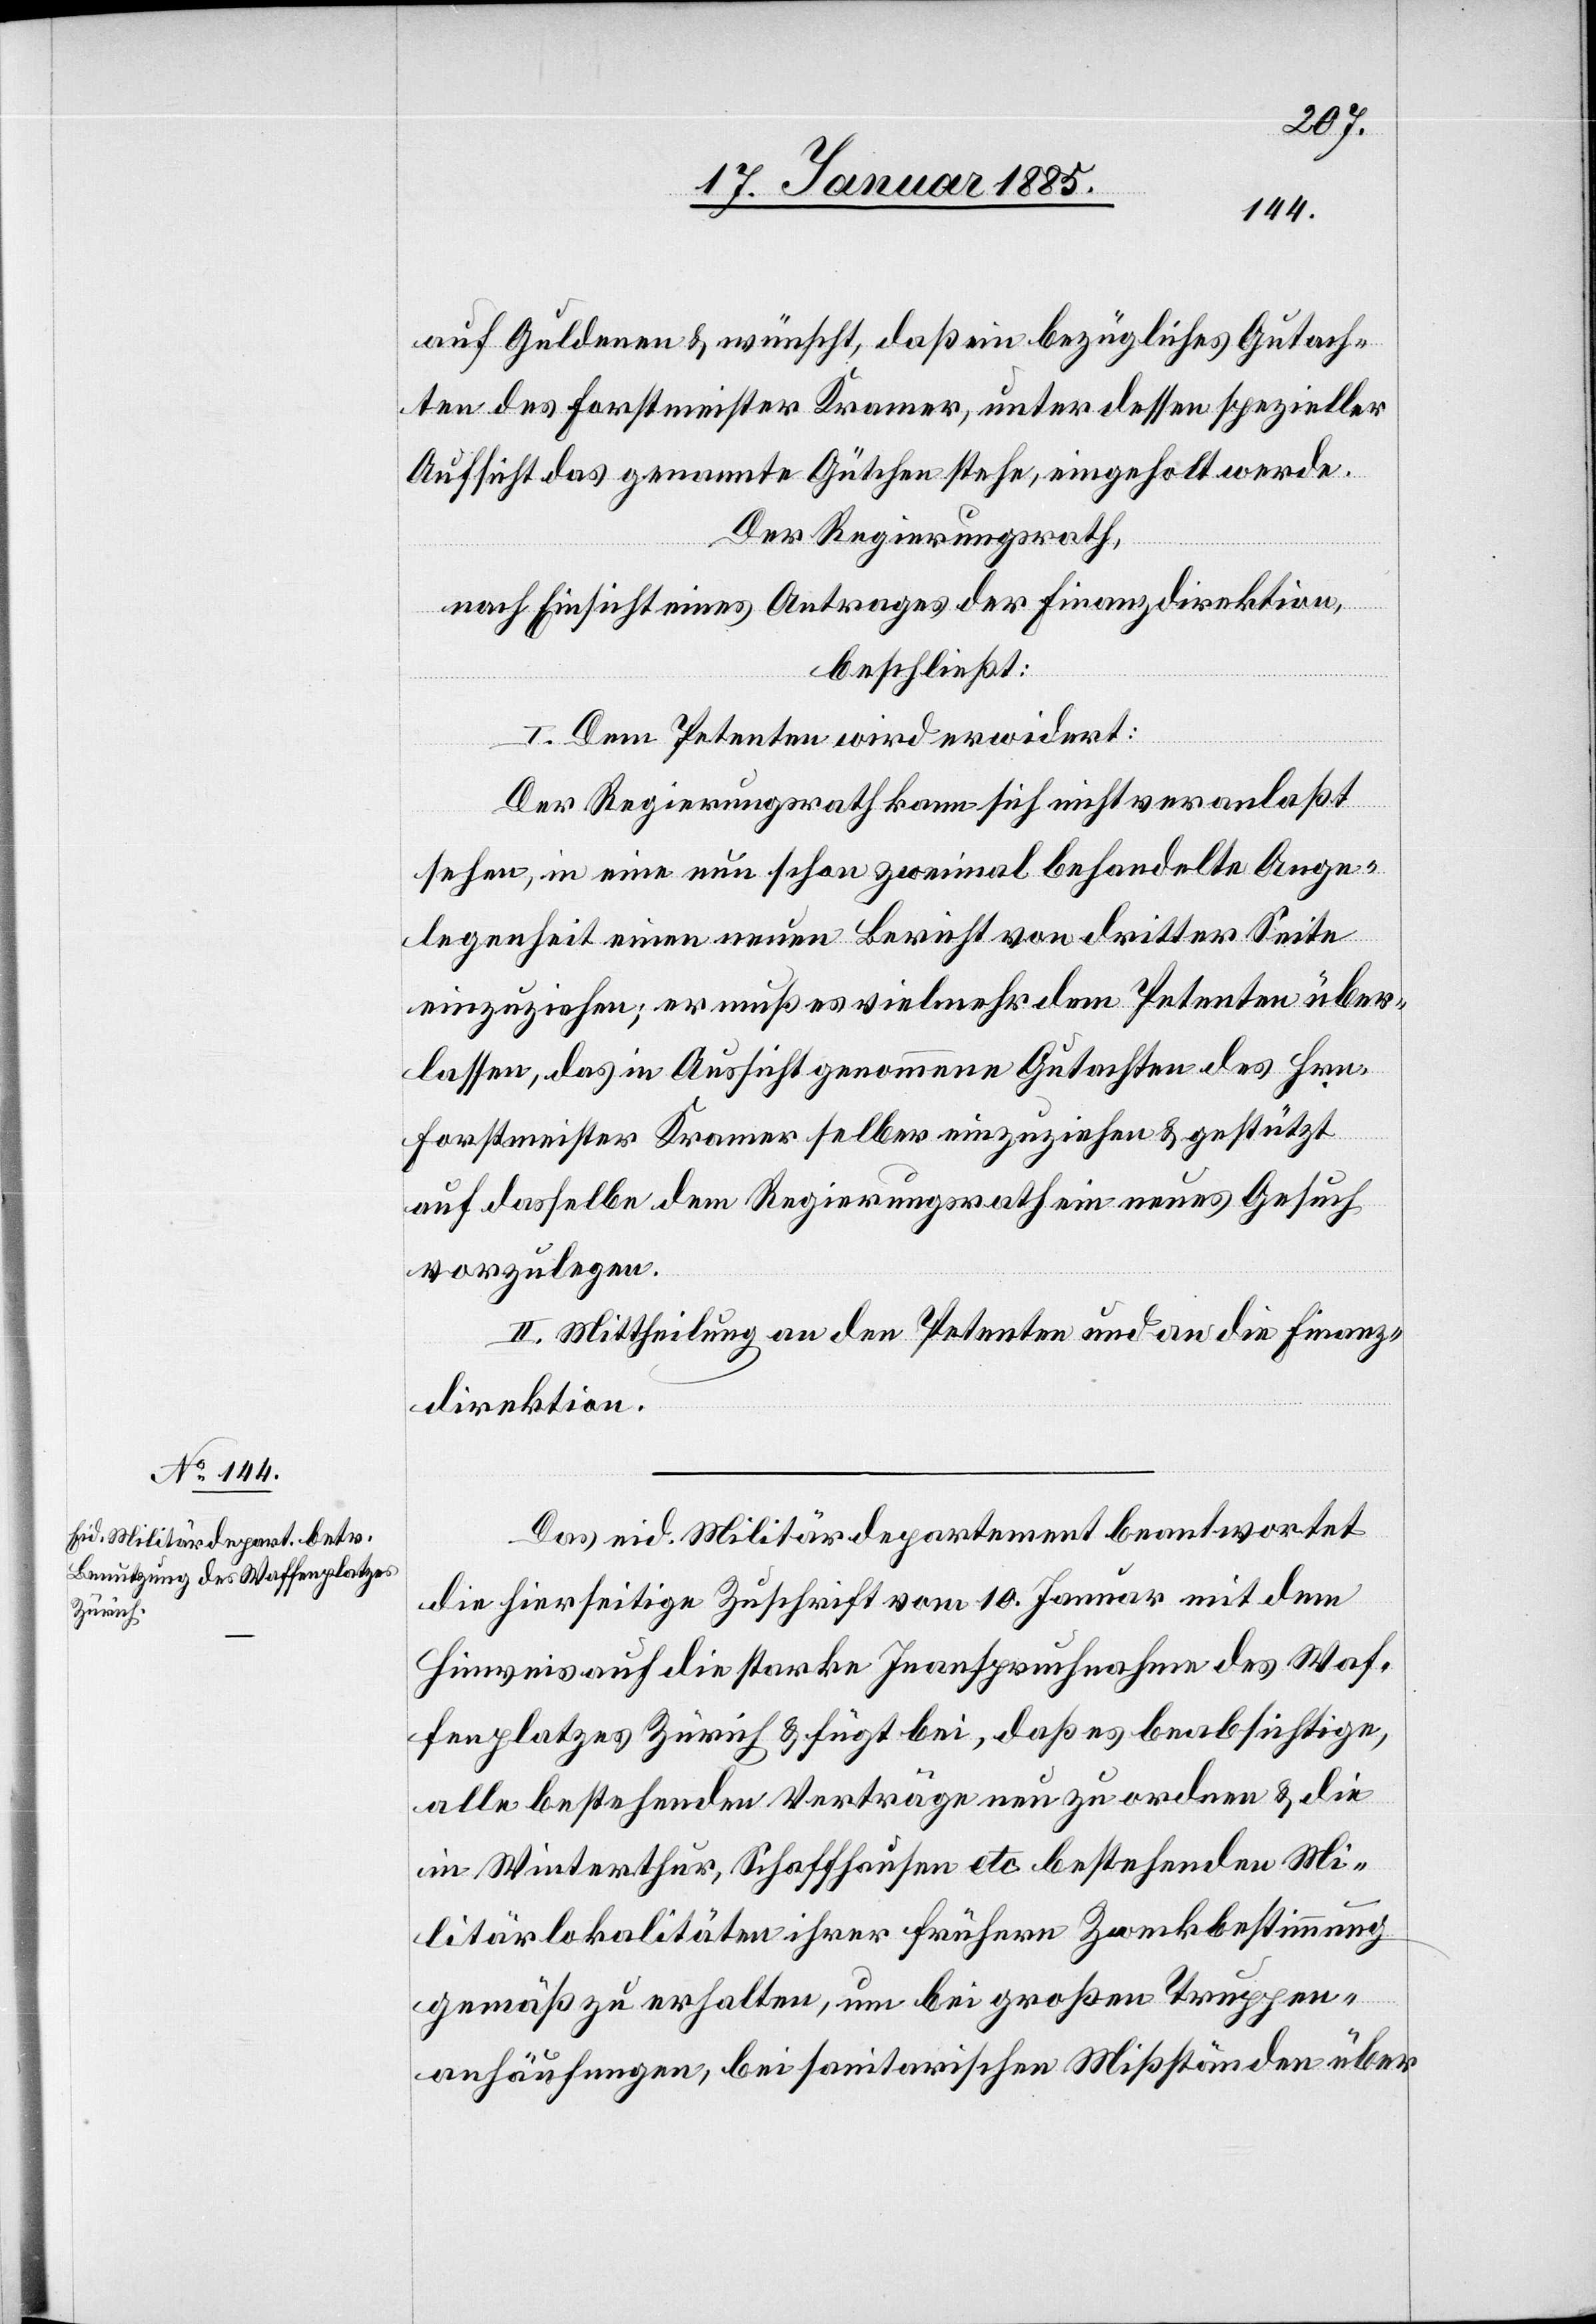
auf Guldenen & wünscht, daß ein bezügliches Gutach¬
ten des Forstmeister Kramer, unter dessen spezieller
Aufsicht das genannte Gütchen stehe, eingeholt werde.
Der Regierungsrath,
nach Einsicht eines Antrages der Finanzdirektion,
beschließt:
I. Dem Petenten wird erwidert:
Der Regierungsrath kann sich nicht veranlaßt
sehen, in eine nun schon zweimal behandelte Ange¬
legenheit einen neuen Bericht von dritter Seite
einzuziehen; er muß es vielmehr dem Petenten über¬
lassen, das in Aussicht genommene Gutachten des Hrn.
Forstmeister Kramer selber einzuziehen & gestützt
auf dasselbe dem Regierungsrath ein neues Gesuch
vorzulegen.
II. Mittheilung an den Petenten und an die Finanz¬
direktion.
Das eid. Militärdepartement beantwortet
die hierseitige Zuschrift vom 10. Januar mit dem
Hinweis auf die starke Inanspruchnahme des Waf¬
fenplatzes Zürich & fügt bei, daß es beabsichtige,
alle bestehenden Verträge neu zu ordnen & die
in Winterthur, Schaffhausen etc. bestehenden Mi¬
litärlokalitäten ihrer frühern Zweckbestimmung
gemäß zu erhalten, um bei großen Truppen¬
anhäufungen, bei sanitarischen Mißständen über